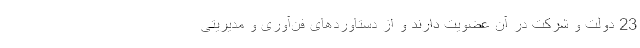
23 دولت و شرکت در آن عضویت دارند و از دستاوردهای فن­آوری و مدیریتی